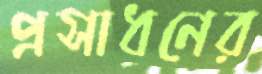
প্রসাধনের